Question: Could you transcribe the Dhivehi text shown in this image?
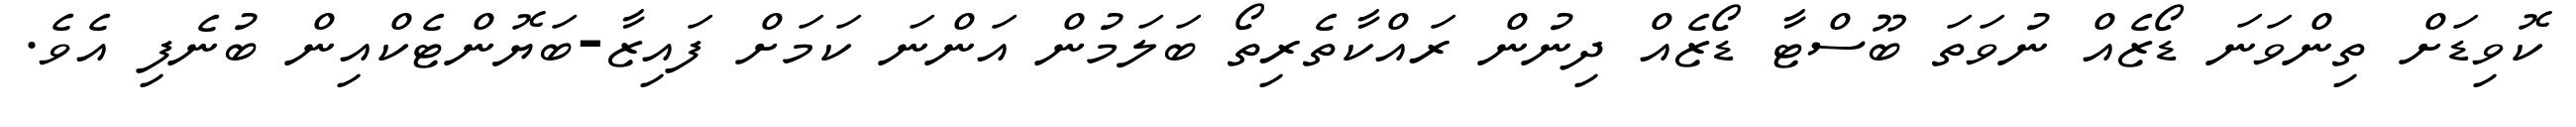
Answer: ކޮވިޑަށް ތިންވަނަ ޑޯޒެއް ނުވަތަ ބޫސްޓާ ޑޯޒެއް ދިނުން ރައްކާތެރިތޯ ބަލަމުން އަންނަ ކަމަށް ފައިޒާ-ބަޔޮންޓެކްއިން ބުނެފި އެވެ.